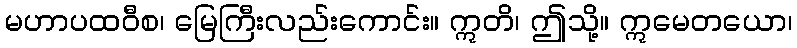
မဟာပထဝီစ၊ မြေကြီးလည်းကောင်း။ ဣတိ၊ ဤသို့။ ဣမေတယော၊